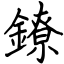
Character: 鐐